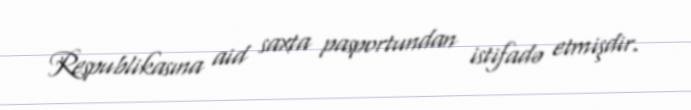
Respublikasına aid saxta pasportundan istifadə etmişdir.